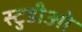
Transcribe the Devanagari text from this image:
स्टुडीओ